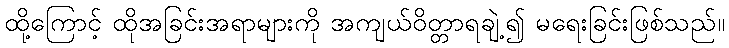
ထို့ကြောင့် ထိုအခြင်းအရာများကို အကျယ်ဝိတ္တာရချဲ့၍ မရေးခြင်းဖြစ်သည်။